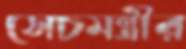
সেচমন্ত্রীর